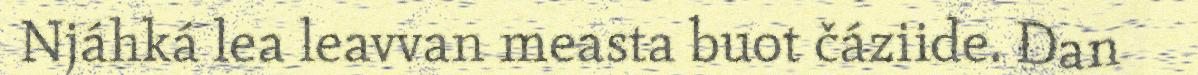
Njáhká lea leavvan measta buot čáziide. Dan